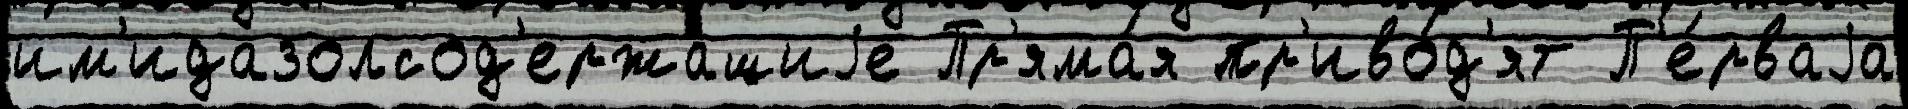
им'идазолсод'ержащиjе Пр'яма́я пр'иво́д'ят П'е́рваjа